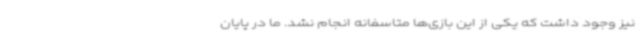
نیز وجود داشت که یکی از این بازی‌ها متاسفانه انجام نشد. ما در پایان